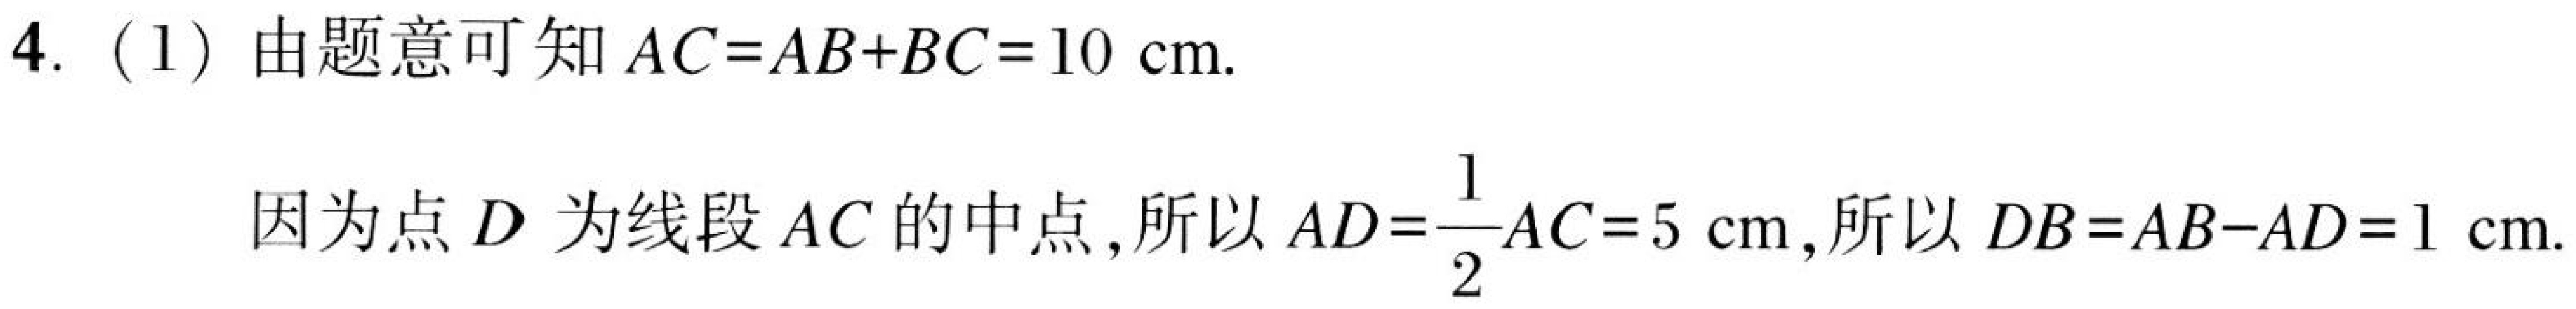
4. (1) 由题意可知\(AC = AB + BC = 10\mathrm{cm}\).
因为点\(D\)为线段\(AC\)的中点，所以\(AD=\frac{1}{2}AC = 5\mathrm{cm}\)，所以\(DB = AB - AD = 1\mathrm{cm}\).